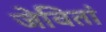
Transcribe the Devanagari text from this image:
जेवितां